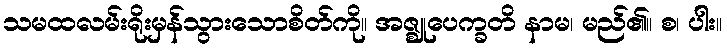
သမထလမ်းရိုးမှန်သွားသောစိတ်ကို။ အဇ္ဈုပေက္ခတိ နာမ၊ မည်၏။ စ၊ ပါး။